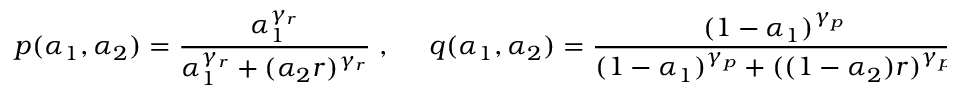
p ( \alpha _ { 1 } , \alpha _ { 2 } ) = \frac { \alpha _ { 1 } ^ { \gamma _ { r } } } { \alpha _ { 1 } ^ { \gamma _ { r } } + ( \alpha _ { 2 } r ) ^ { \gamma _ { r } } } \; , \; \; \; \; \; q ( \alpha _ { 1 } , \alpha _ { 2 } ) = \frac { ( 1 - \alpha _ { 1 } ) ^ { \gamma _ { p } } } { ( 1 - \alpha _ { 1 } ) ^ { \gamma _ { p } } + ( ( 1 - \alpha _ { 2 } ) r ) ^ { \gamma _ { p } } } \; ,